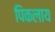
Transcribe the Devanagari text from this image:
पिकलाय